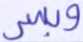
وبسر